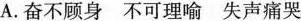
A. 奋不顾身不可理喻失声痛哭